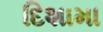
દિશામા